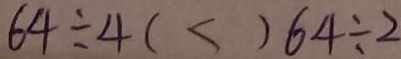
6 4 \div 4 ( < ) 6 4 \div 2